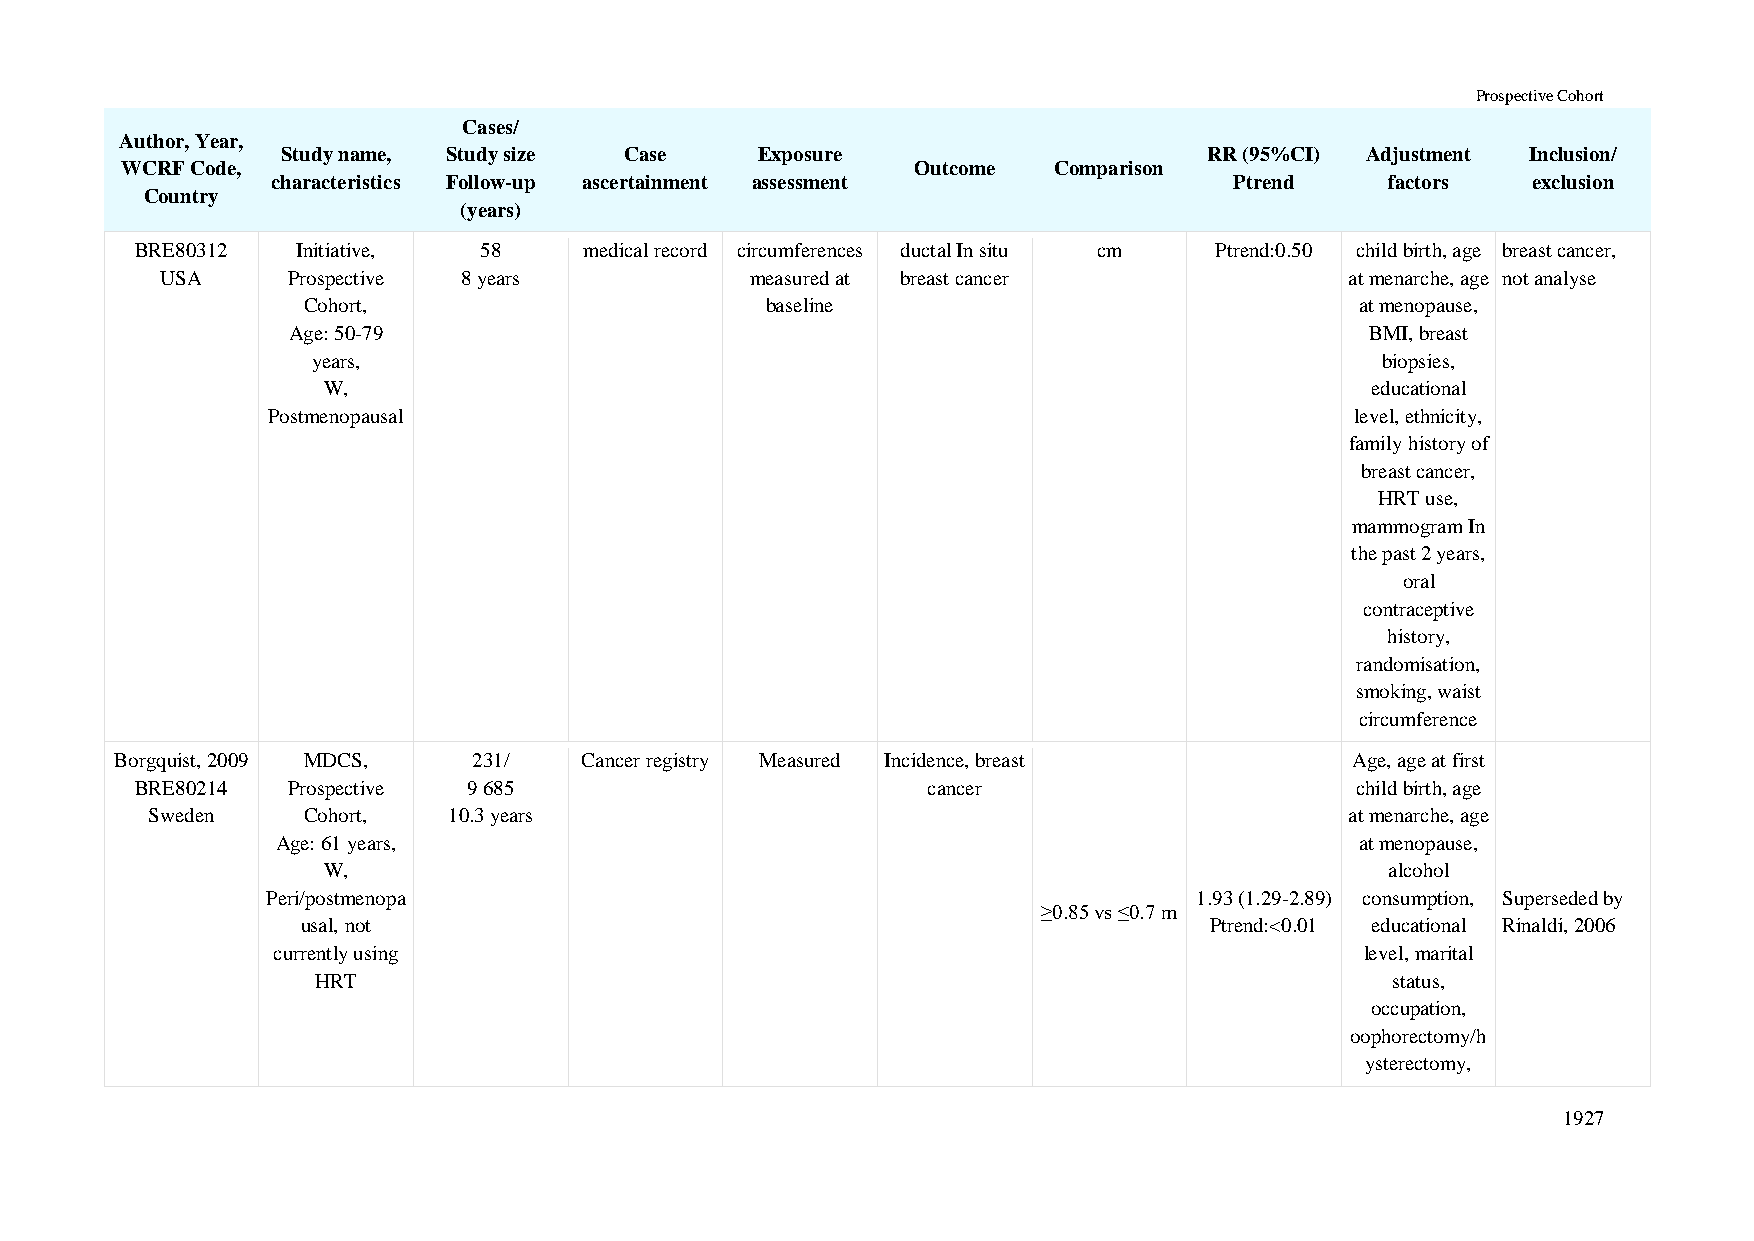
Prospective Cohort
 Cases/
 Author, Year,
 Study name, Study size Case    Exposure                      RR (95%CI) Adjustment Inclusion/
 WCRF Code,                                           Outcome  Comparison
 characteristics Follow-up ascertainment assessment              Ptrend    factors  exclusion
 Country
 (years)
 BRE80312   Initiative, 58     medical record circumferences ductal In situ cm Ptrend:0.50 child birth, age breast cancer,
 USA     Prospective 8 years            measured at breast cancer              at menarche, age not analyse
 Cohort,                        baseline                               at menopause,
 Age: 50-79                                                              BMI, breast
 years,                                                                biopsies,
 W,                                                                    educational
 Postmenopausal                                                          level, ethnicity,
 family history of
 breast cancer,
 HRT use,
 mammogram In
 the past 2 years,
 oral
 contraceptive
 history,
 randomisation,
 smoking, waist
 circumference
 Borgquist, 2009 MDCS,  231/   Cancer registry Measured Incidence, breast          Age, age at first
 BRE80214  Prospective 9 685                         cancer                       child birth, age
 Sweden    Cohort,   10.3 years                                                 at menarche, age
 Age: 61 years,                                                          at menopause,
 W,                                                                     alcohol
 Peri/postmenopa                                              1.93 (1.29-2.89) consumption, Superseded by
 ≥0.85 vs ≤0.7 m
 usal, not                                                   Ptrend:<0.01 educational Rinaldi, 2006
 currently using                                                         level, marital
 HRT                                                                    status,
 occupation,
 oophorectomy/h
 ysterectomy,
 1927